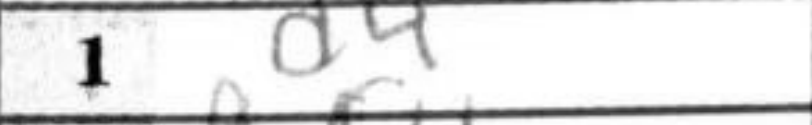
Transcription: d4